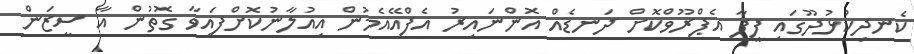
ކެނދިކުޅުދޫގައި ފީފާ އެޕްރޫވްކޮށް ދަނޑެއް އޮންނައިރު އެފްއޭއެމުން އިއުލާނުކޮށްފައިވާ ގޮތުން އާ ސީޒަން